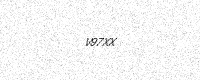
Text: V97XX